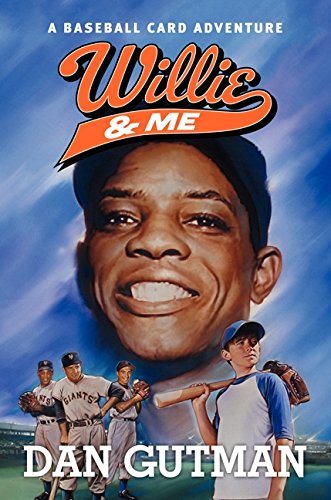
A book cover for Willie & Me (Baseball Card Adventures); Dan Gutman; Children's Books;